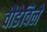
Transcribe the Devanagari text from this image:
वौडेविले